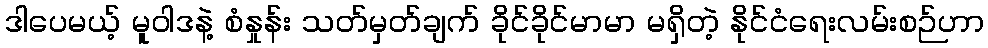
ဒါပေမယ့် မူဝါဒနဲ့ စံနှုန်း သတ်မှတ်ချက် ခိုင်ခိုင်မာမာ မရှိတဲ့ နိုင်ငံရေးလမ်းစဉ်ဟာ